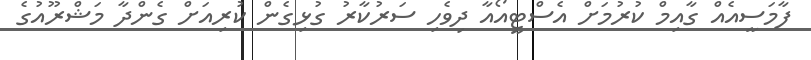
ފާމަސީއެއް ގާއިމް ކުރުމަށް އެސްޓީއޯއާ ދިވެހި ސަރުކާރު ގުޅިގެން ކުރިއަށް ގެންދާ މަޝްރޫއުގެ